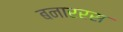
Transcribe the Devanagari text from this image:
बनाररस